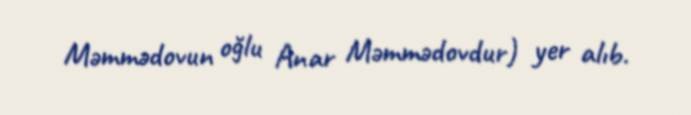
Məmmədovun oğlu Anar Məmmədovdur) yer alıb.